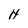
Character: H